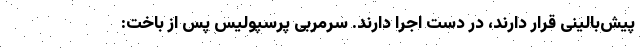
پیش‌بالینی قرار دارند، در دست اجرا دارند. سرمربی پرسپولیس پس از باخت: